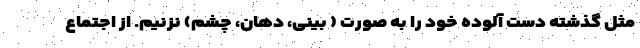
مثل گذشته دست آلوده خود را به صورت ( بینی، دهان، چشم) نزنیم. از اجتماع